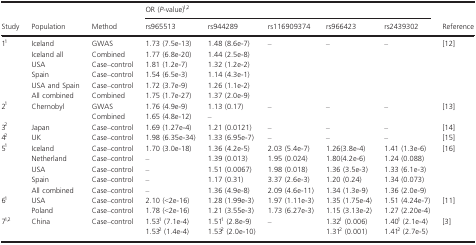
<table><thead><tr><td></td><td></td><td></td><td colspan="5"><b>OR (<i>P</i>-value)1,2</b></td><td></td></tr><tr><td><b>Study</b></td><td><b>Population</b></td><td><b>Method</b></td><td><b>rs965513</b></td><td><b>rs944289</b></td><td><b>rs116909374</b></td><td><b>rs966423</b></td><td><b>rs2439302</b></td><td><b>Reference</b></td></tr></thead><tbody><tr><td>11</td><td>Iceland</td><td>GWAS</td><td>1.73 (7.5e-13)</td><td>1.48 (8.6e-7)</td><td>–</td><td>–</td><td>–</td><td>12</td></tr><tr><td></td><td>Iceland all</td><td>Combined</td><td>1.77 (6.8e-20)</td><td>1.44 (2.5e-8)</td><td></td><td></td><td></td><td></td></tr><tr><td></td><td>USA</td><td>Case–control</td><td>1.81 (1.2e-7)</td><td>1.32 (1.2e-2)</td><td></td><td></td><td></td><td></td></tr><tr><td></td><td>Spain</td><td>Case–control</td><td>1.54 (6.5e-3)</td><td>1.14 (4.3e-1)</td><td></td><td></td><td></td><td></td></tr><tr><td></td><td>USA and Spain</td><td>Case–control</td><td>1.72 (3.7e-9)</td><td>1.26 (1.1e-2)</td><td></td><td></td><td></td><td></td></tr><tr><td></td><td>All combined</td><td>Combined</td><td>1.75 (1.7e-27)</td><td>1.37 (2.0e-9)</td><td></td><td></td><td></td><td></td></tr><tr><td>21</td><td>Chernobyl</td><td>GWAS</td><td>1.76 (4.9e-9)</td><td>1.13 (0.17)</td><td>–</td><td>–</td><td>–</td><td>13</td></tr><tr><td></td><td>Combined</td><td>1.65 (4.8e-12)</td><td>–</td><td></td><td></td><td></td><td></td><td></td></tr><tr><td>32</td><td>Japan</td><td>Case–control</td><td>1.69 (1.27e-4)</td><td>1.21 (0.0121)</td><td>–</td><td>–</td><td>–</td><td>14</td></tr><tr><td>42</td><td>UK</td><td>Case–control</td><td>1.98 (6.35e-34)</td><td>1.33 (6.95e-7)</td><td>–</td><td>–</td><td>–</td><td>15</td></tr><tr><td>51</td><td>Iceland</td><td>Case–control</td><td>1.70 (3.0e-18)</td><td>1.36 (4.2e-5)</td><td>2.03 (5.4e-7)</td><td>1.26(3.8e-4)</td><td>1.41 (1.3e-6)</td><td>16</td></tr><tr><td></td><td>Netherland</td><td>Case–control</td><td>–</td><td>1.39 (0.013)</td><td>1.95 (0.024)</td><td>1.80(4.2e-6)</td><td>1.24 (0.088)</td><td></td></tr><tr><td></td><td>USA</td><td>Case–control</td><td>–</td><td>1.51 (0.0067)</td><td>1.98 (0.018)</td><td>1.36 (3.5e-3)</td><td>1.33 (6.1e-3)</td><td></td></tr><tr><td></td><td>Spain</td><td>Case–control</td><td>–</td><td>1.17 (0.31)</td><td>3.37 (2.6e-3)</td><td>1.20 (0.24)</td><td>1.34 (0.073)</td><td></td></tr><tr><td></td><td>All combined</td><td>Case–control</td><td>–</td><td>1.36 (4.9e-8)</td><td>2.09 (4.6e-11)</td><td>1.34 (1.3e-9)</td><td>1.36 (2.0e-9)</td><td></td></tr><tr><td>61</td><td>USA</td><td>Case–control</td><td>2.10 (&lt;2e-16)</td><td>1.28 (1.99e-3)</td><td>1.97 (1.11e-3)</td><td>1.35 (1.75e-4)</td><td>1.51 (4.24e-7)</td><td>11</td></tr><tr><td></td><td>Poland</td><td>Case–control</td><td>1.78 (&lt;2e-16)</td><td>1.21 (3.55e-3)</td><td>1.73 (6.27e-3)</td><td>1.15 (3.13e-2)</td><td>1.27 (2.20e-4)</td><td></td></tr><tr><td>71,2</td><td>China</td><td>Case–control</td><td>1.531 (7.1e-4)</td><td>1.511 (2.8e-9)</td><td>–</td><td>1.321 (0.006)</td><td>1.401 (2.1e-4)</td><td>3</td></tr><tr><td></td><td></td><td></td><td>1.532 (1.4e-4)</td><td>1.532 (2.0e-10)</td><td></td><td>1.312 (0.001)</td><td>1.412 (2.7e-5)</td><td></td></tr></tbody></table>